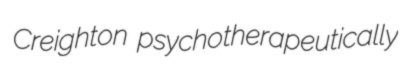
Creighton psychotherapeutically